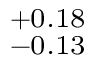
^ { + 0 . 1 8 } _ { - 0 . 1 3 }